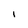
Character: I